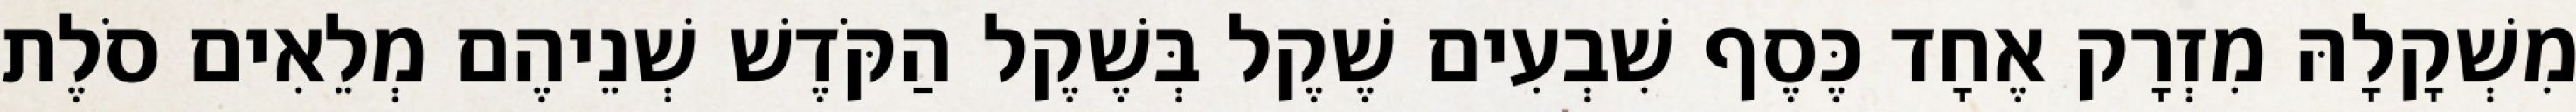
מִשְׁקָלָהּ מִזְרָק אֶחָד כֶּסֶף שִׁבְעִים שֶׁקֶל בְּשֶׁקֶל הַקֹּדֶשׁ שְׁנֵיהֶם מְלֵאִים סֹלֶת